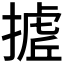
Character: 𭢉